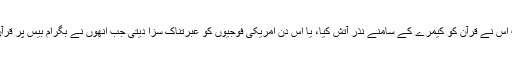
اگر امریکی حکومت، اس دن احمق امریکی پادری "ٹیری جونز" کو لگام دیتی جب اس نے قرآن کو کیمرے کے سامنے نذر آتش کیا، یا اس دن امریکی فوجیوں کو عبرتناک سزا دیتی جب انھوں نے بگرام بیس پر قرآن مجید کی توہین کی، آج وہ اپنے سفیر اور شہریوں کی ہلاکت کی متحمل نہ ہوتی۔